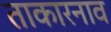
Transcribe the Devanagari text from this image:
ताकारनाव